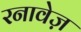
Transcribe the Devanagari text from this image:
रनावेज़